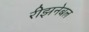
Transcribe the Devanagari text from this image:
रीझनेबल